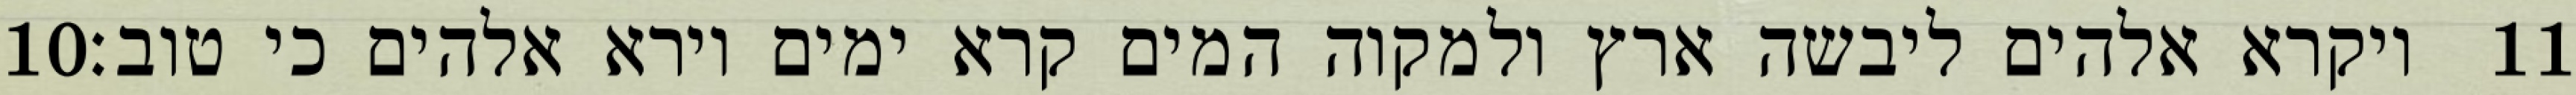
‎10‏ ויקרא אלהים ליבשה ארץ ולמקוה המים קרא ימים וירא אלהים כי טוב׃ ‎11‏